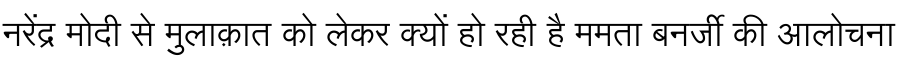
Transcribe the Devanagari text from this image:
नरेंद्र मोदी से मुलाक़ात को लेकर क्यों हो रही है ममता बनर्जी की आलोचना